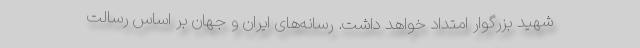
شهید بزرگوار امتداد خواهد داشت. رسانه‌های ایران و جهان بر اساس رسالت